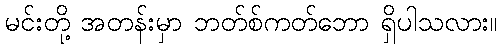
မင်းတို့ အတန်းမှာ ဘတ်စ်ကတ်ဘော ရှိပါသလား။